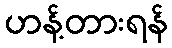
ဟန့်တားရန်